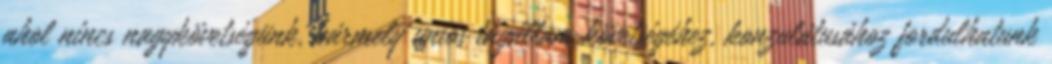
ahol nincs nagykövetségünk, bármely uniós tagállam követségéhez, konzulátusához fordulhatunk